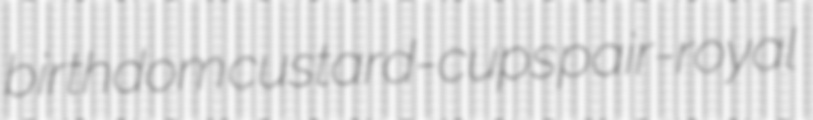
birthdom custard-cups pair-royal